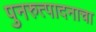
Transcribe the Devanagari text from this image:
पुनरुत्पादनाचा